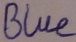
Text: Blue